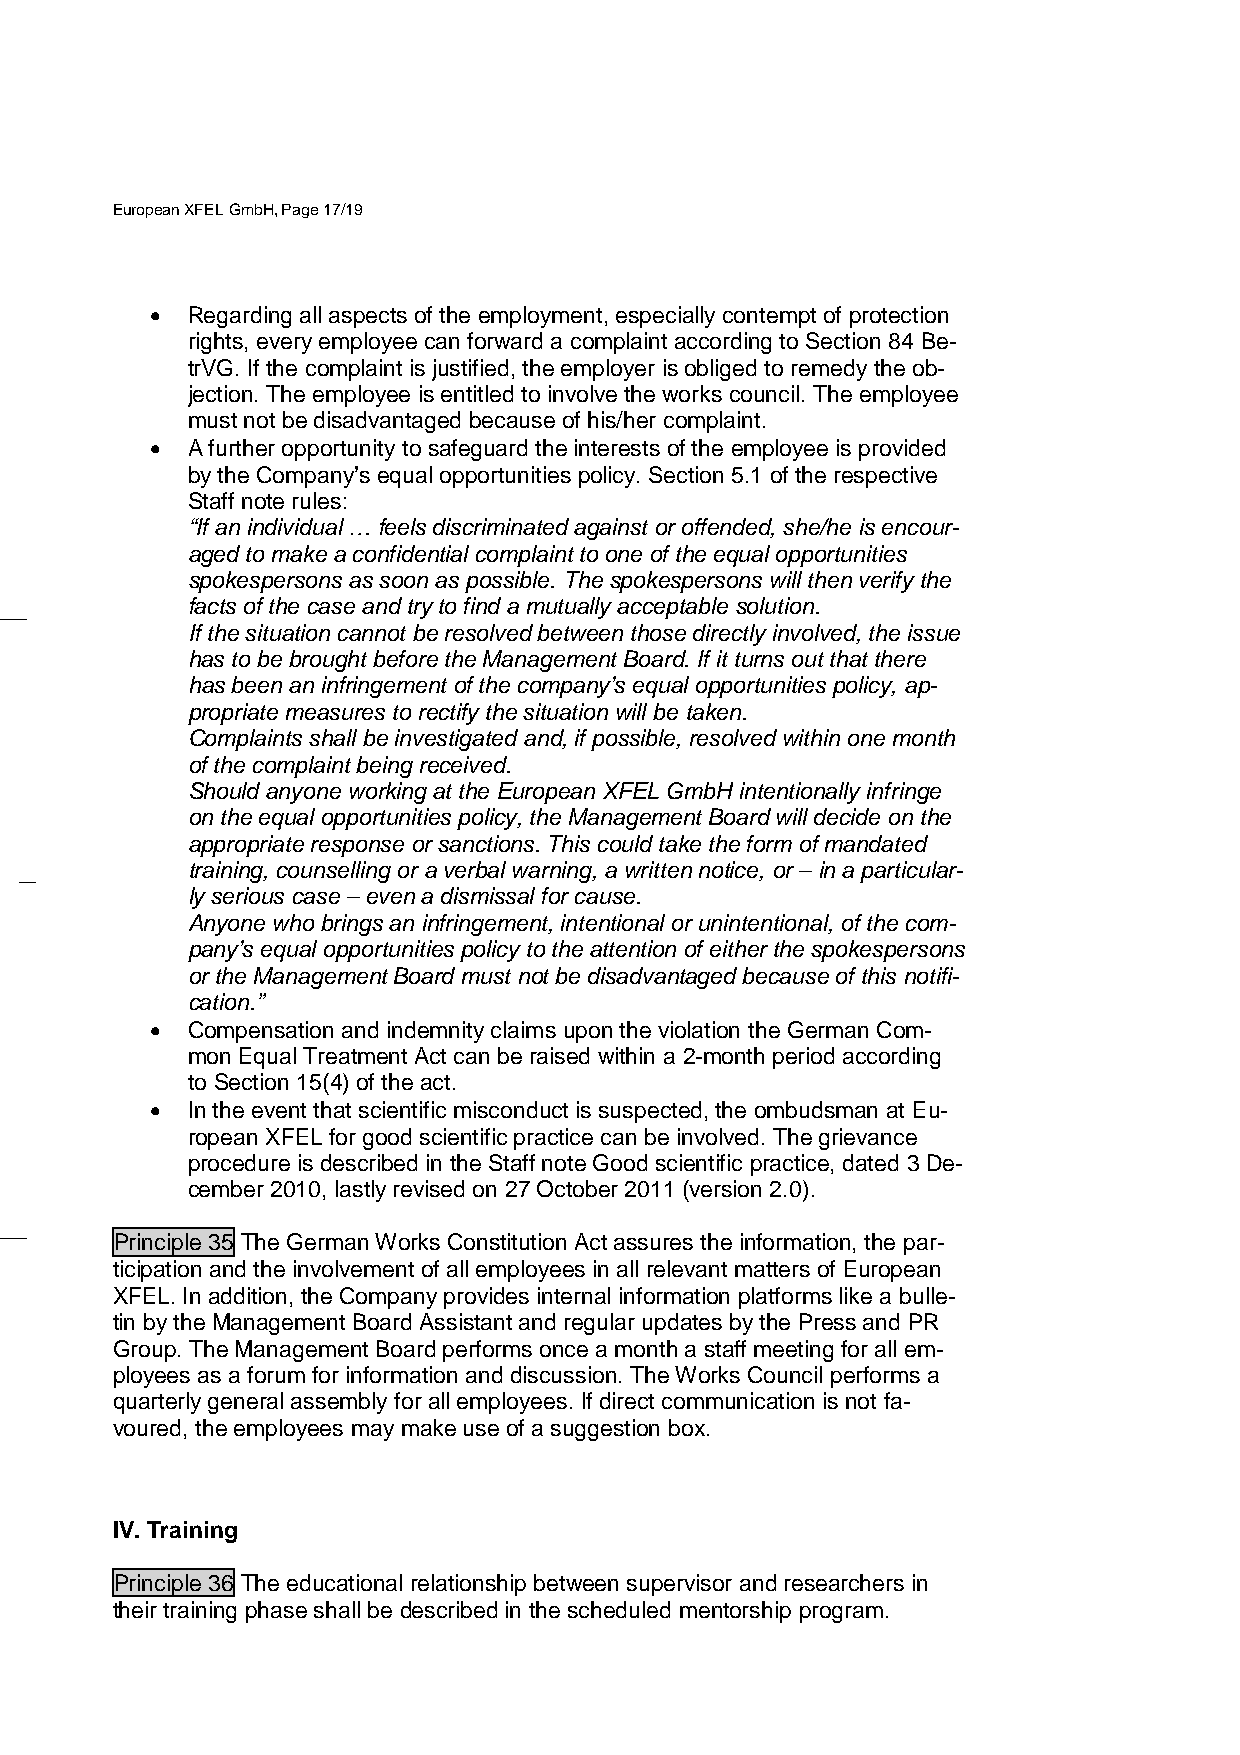
European XFEL GmbH, Page 17/19
 • Regarding all aspects of the employment, especially contempt of protection
 rights, every employee can forward a complaint according to Section 84 Be-
 trVG. If the complaint is justified, the employer is obliged to remedy the ob-
 jection. The employee is entitled to involve the works council. The employee
 must not be disadvantaged because of his/her complaint.
 • A further opportunity to safeguard the interests of the employee is provided
 by the Company’s equal opportunities policy. Section 5.1 of the respective
 Staff note rules:
 “If an individual … feels discriminated against or offended, she/he is encour-
 aged to make a confidential complaint to one of the equal opportunities
 spokespersons as soon as possible. The spokespersons will then verify the
 facts of the case and try to find a mutually acceptable solution.
 If the situation cannot be resolved between those directly involved, the issue
 has to be brought before the Management Board. If it turns out that there
 has been an infringement of the company’s equal opportunities policy, ap-
 propriate measures to rectify the situation will be taken.
 Complaints shall be investigated and, if possible, resolved within one month
 of the complaint being received.
 Should anyone working at the European XFEL GmbH intentionally infringe
 on the equal opportunities policy, the Management Board will decide on the
 appropriate response or sanctions. This could take the form of mandated
 training, counselling or a verbal warning, a written notice, or – in a particular-
 ly serious case – even a dismissal for cause.
 Anyone who brings an infringement, intentional or unintentional, of the com-
 pany’s equal opportunities policy to the attention of either the spokespersons
 or the Management Board must not be disadvantaged because of this notifi-
 cation.”
 • Compensation and indemnity claims upon the violation the German Com-
 mon Equal Treatment Act can be raised within a 2-month period according
 to Section 15(4) of the act.
 • In the event that scientific misconduct is suspected, the ombudsman at Eu-
 ropean XFEL for good scientific practice can be involved. The grievance
 procedure is described in the Staff note Good scientific practice, dated 3 De-
 cember 2010, lastly revised on 27 October 2011 (version 2.0).
 Principle 35 The German Works Constitution Act assures the information, the par-
 ticipation and the involvement of all employees in all relevant matters of European
 XFEL. In addition, the Company provides internal information platforms like a bulle-
 tin by the Management Board Assistant and regular updates by the Press and PR
 Group. The Management Board performs once a month a staff meeting for all em-
 ployees as a forum for information and discussion. The Works Council performs a
 quarterly general assembly for all employees. If direct communication is not fa-
 voured, the employees may make use of a suggestion box.
 IV. Training
 Principle 36 The educational relationship between supervisor and researchers in
 their training phase shall be described in the scheduled mentorship program.